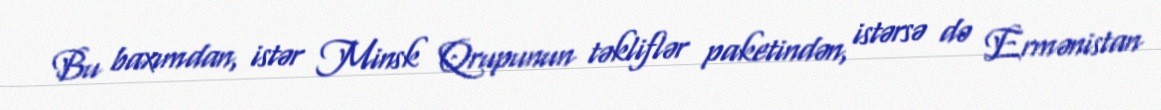
Bu baxımdan, istər Minsk Qrupunun təkliflər paketindən, istərsə də Ermənistan